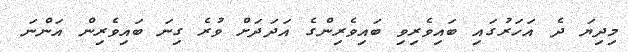
މިދިޔަ ދެ އަހަރުގައި ބައިވެރިވި ބައިވެރިންގެ އަދަދަށް ވުރެ ގިނަ ބައިވެރިން އަންނަ